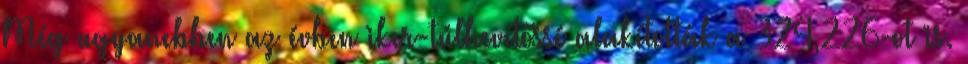
Még ugyanebben az évben iker-túlhevítőssé alakították a 324,226-ot is.